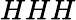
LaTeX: HHH